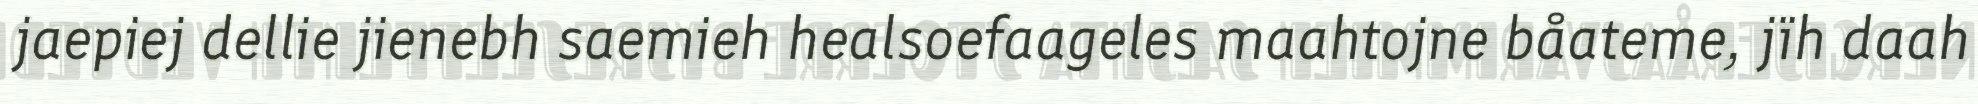
jaepiej dellie jienebh saemieh healsoefaageles maahtojne båateme, jïh daah